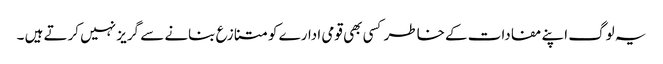
یہ لوگ اپنے مفادات کے خاطر کسی بھی قومی ادارے کو متنازع بنانے سے گریز نہیں کرتے ہیں ۔